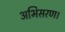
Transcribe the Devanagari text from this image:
अभिसरण।